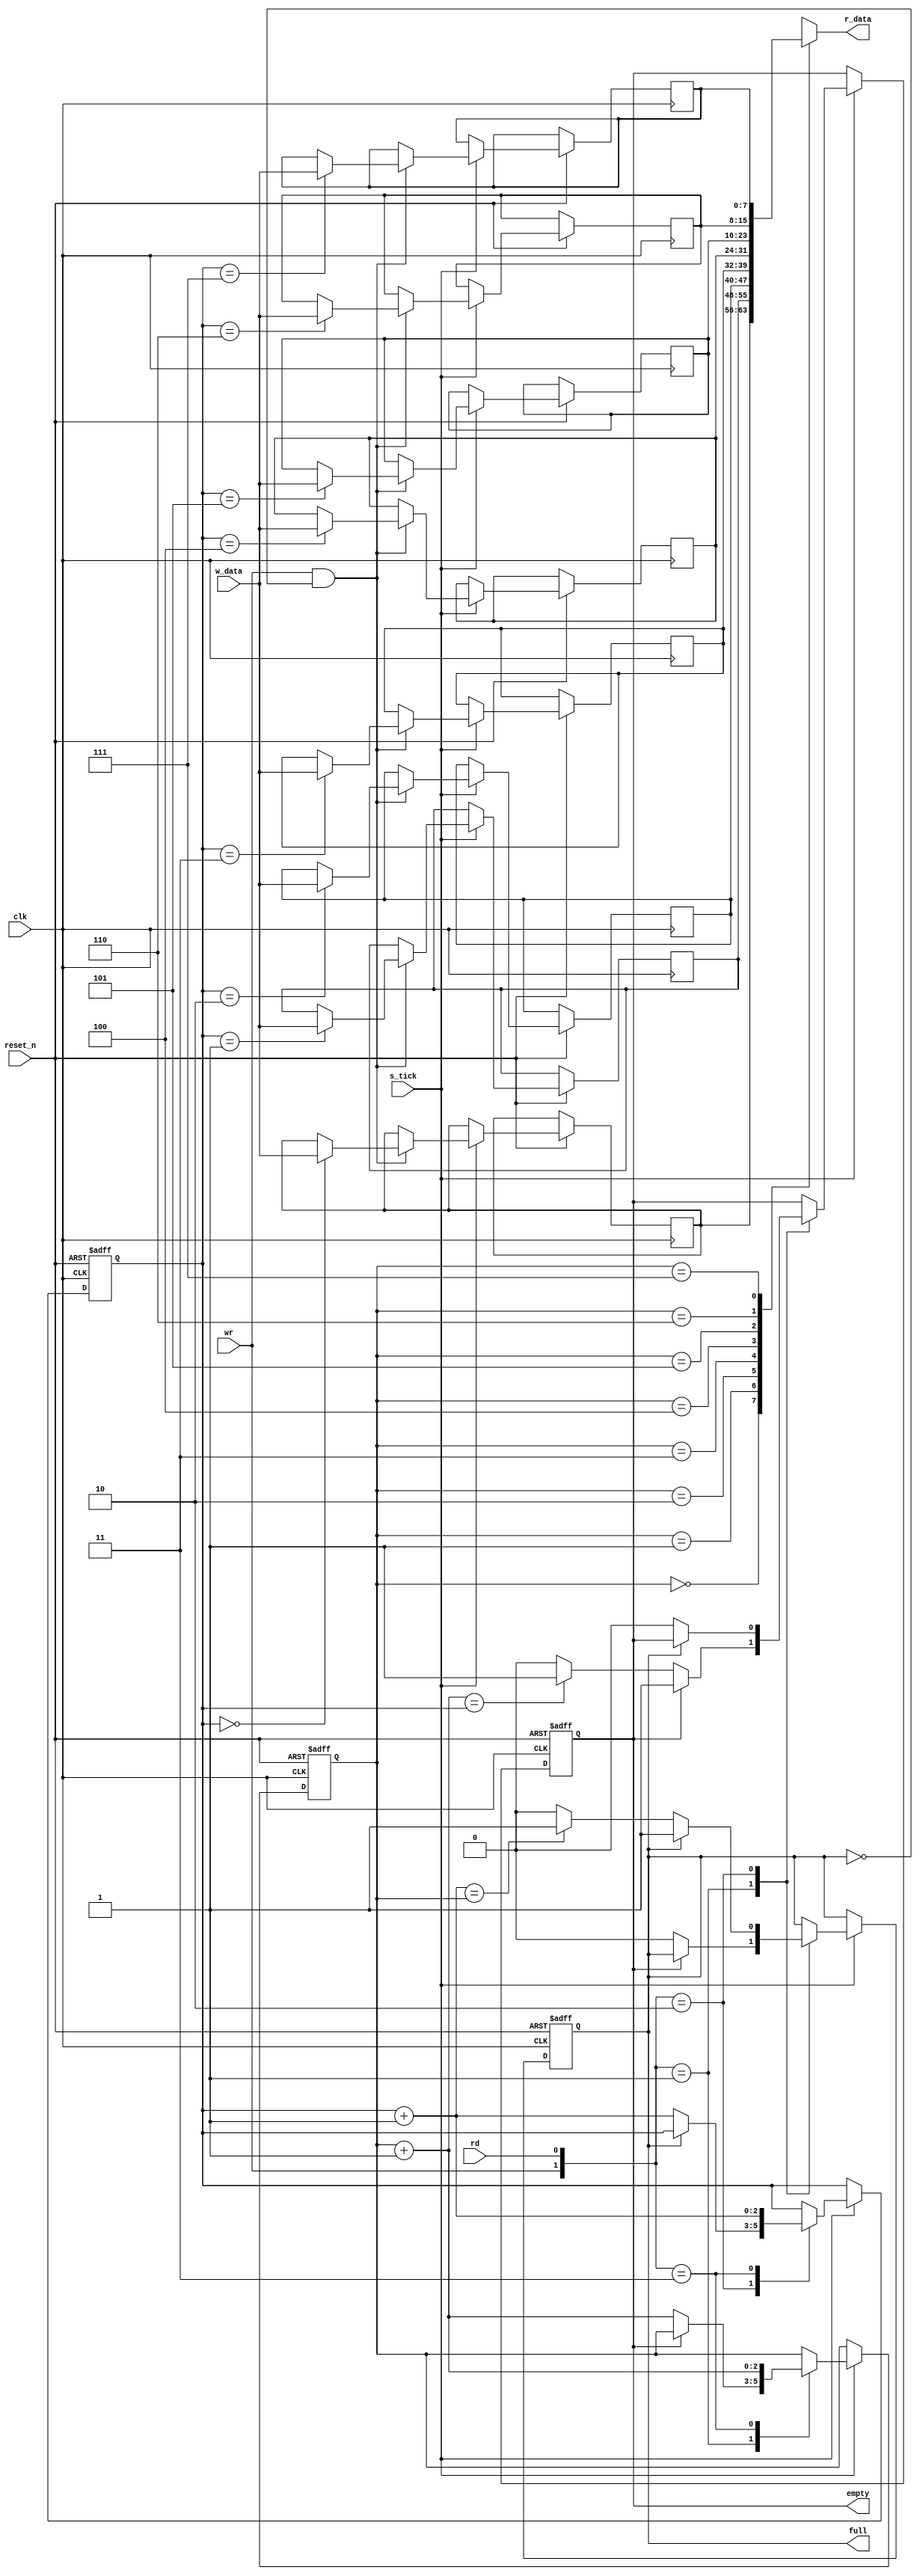
module uart_fifo #(
  parameter DATA_SIZE   = 8,
            SIZE_FIFO   = 8,
            ADDR_WIDTH  = $clog2(SIZE_FIFO)
  )  (
  input                             clk, s_tick,
  input                             reset_n, 
  input  [DATA_SIZE - 1 : 0]        w_data,
  input                             wr,
  input                             rd,
  output  [DATA_SIZE - 1 : 0]       r_data,
  output wire                       full,
  output wire                       empty     
);

// Signal Declaration
// * Datapath Registers
reg [DATA_SIZE - 1 : 0]   fifo [SIZE_FIFO - 1 : 0];
reg [ADDR_WIDTH -1:0] w_ptr_reg, w_ptr_next, w_ptr_succ;
reg [ADDR_WIDTH -1:0] r_ptr_reg, r_ptr_next, r_ptr_succ;
reg full_reg, full_next;
reg empty_reg, empty_next;

wire wr_en;

// Registers
always @(posedge clk or negedge reset_n) begin
  if (~reset_n) begin
    w_ptr_reg <= 0;
    r_ptr_reg <= 0;
    full_reg <= 0;
    empty_reg <= 1;
  end
  else if (s_tick) begin
    if (wr_en) fifo[w_ptr_reg] <= w_data;
    w_ptr_reg <= w_ptr_next;
    r_ptr_reg <= r_ptr_next;
    full_reg <= full_next;
    empty_reg <= empty_next;
  end  
end

// Output Logic
assign wr_en = wr & ~full_reg; // Control output logic

assign full = full_reg;
assign empty = empty_reg;
assign r_data = fifo[r_ptr_reg];

// Next-state logic for {wr, rd}
always @(*) begin
  //successive pointer values
  w_ptr_succ = w_ptr_reg + 1'b1;
  r_ptr_succ = r_ptr_reg + 1'b1;
  // default values
  w_ptr_next = w_ptr_reg;
  r_ptr_next = r_ptr_reg;
  full_next = full_reg;
  empty_next = empty_reg;
  case ({wr, rd}) 
    // Skip 2'b00 for no operation is done
    2'b01: begin //read
      if (~empty_reg) begin
        r_ptr_next = r_ptr_succ;
        full_next = 0;
        if (r_ptr_succ == w_ptr_reg) empty_next = 1;
      end
    end
    2'b10: begin //write
      if (~full_reg) begin
        w_ptr_next = w_ptr_succ;
        empty_next = 0;
        if (w_ptr_succ == r_ptr_reg) full_next = 1;
      end
    end
    2'b11: begin //read and write
      w_ptr_next = w_ptr_succ;
      r_ptr_next = r_ptr_succ;
    end
  endcase
end
endmodule